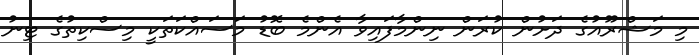
މި މަޝްރޫއުގެ ދަށުން ކުރަން ނިންމާފައިވާ އެންމެ ބޮޑު މަސައްކަތަކީ މިސްކިތުގެ ޓިނު